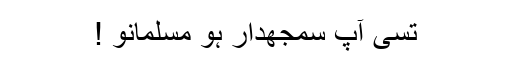
تسی آپ سمجھدار ہو مسلمانو !